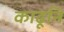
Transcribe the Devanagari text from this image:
काढूनि